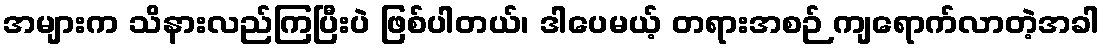
အများက သိနားလည်ကြပြီးပဲ ဖြစ်ပါတယ်၊ ဒါပေမယ့် တရားအစဉ် ကျရောက်လာတဲ့အခါ